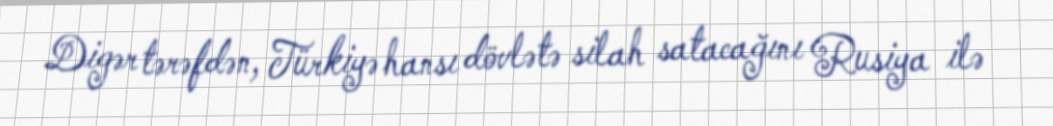
Digər tərəfdən, Türkiyə hansı dövlətə silah satacağını Rusiya ilə